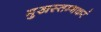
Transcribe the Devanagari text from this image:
मुखस्तम्भकरं